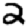
Digit: 2